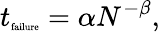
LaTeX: t_{\textrm{\tiny failure}}=\alpha N^{-\beta},